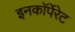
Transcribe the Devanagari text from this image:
इनकाॅर्पेरेट